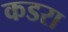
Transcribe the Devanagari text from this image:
कडरा